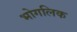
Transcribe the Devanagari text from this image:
भोगलिक